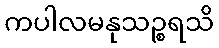
ကပါလမနုသဉ္စရသိ